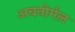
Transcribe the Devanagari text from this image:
अबनोर्मल